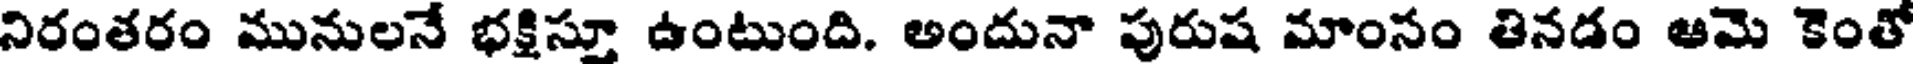
నిరంతరం మునులనే భక్షిస్తూ ఉంటుంది. అందునా పురుష మాంసం తినడం ఆమె కెంతో